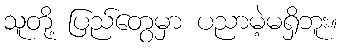
သူတို့ ပြည်တွေမှာ ပညာမဲ့မရှိဘူး။